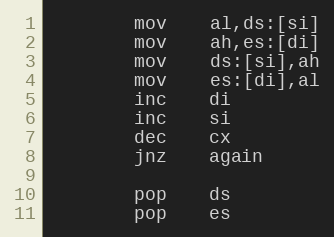
Language: C++
		mov	al,ds:[si]
		mov	ah,es:[di]
		mov	ds:[si],ah
		mov	es:[di],al
		inc	di
		inc	si
		dec	cx
		jnz	again

		pop	ds
		pop	es